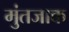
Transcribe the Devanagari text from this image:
मुंतजाक